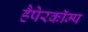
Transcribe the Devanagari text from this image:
हैपेरकॉम्प